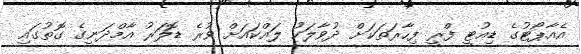
އެއާޕޯޓުގެ ޑިއުޓީ ފްރީ ފިހާރަތަކަށް ދުވާލަކު ލައްކައަށް ވުރެ ޑޮލަރު އާމްދަނީގެ ގޮތުގައި